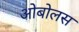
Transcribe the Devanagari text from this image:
ओबोलस